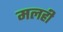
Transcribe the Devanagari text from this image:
मलही